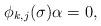
LaTeX: \begin{align*}\phi_{k,{j}}(\sigma)\alpha=0,\end{align*}